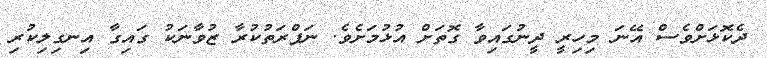
ދެކޮޅަށްވެސް އޭނަ މިހިރީ ދީނުގައިވާ ގޮތަށް އުޅުމަށެވެ. ނަފްރަތުކުރާ ޒުވާނަކު ގައިގާ އިނގިލިކުރި